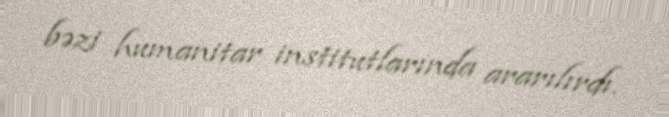
bəzi humanitar institutlarında ararılırdı.